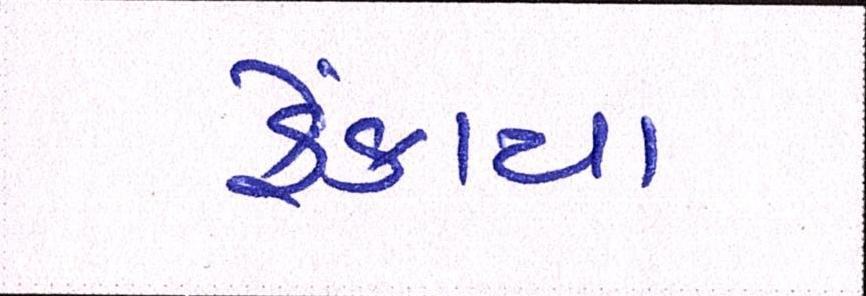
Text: ફેંકાયા